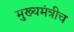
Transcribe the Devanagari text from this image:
मुख्यमंत्रीच